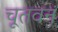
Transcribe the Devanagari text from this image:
चूतवनं